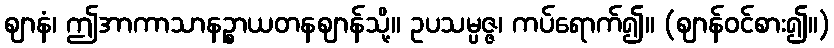
ဈာနံ၊ ဤအာကာသာနဉ္စာယတနဈာန်သို့။ ဥပသမ္ပဇ္ဇ၊ ကပ်ရောက်၍။ (ဈာန်ဝင်စား၍။)